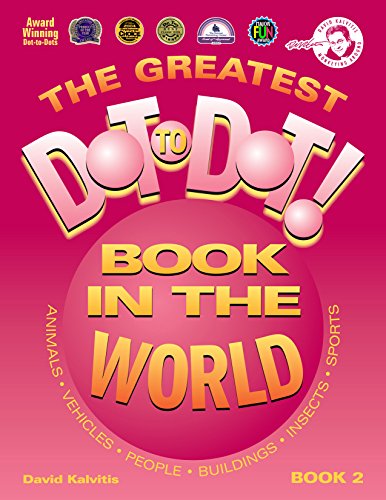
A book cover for The Greatest Dot-to-Dot Book in the World (Book 2); David Kalvitis; Humor & Entertainment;